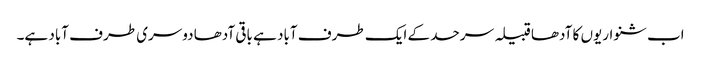
اب شنواریوں کا آدھا قبیلہ سرحد کے ایک طرف آباد ہے باقی آدھا دوسری طرف آباد ہے۔